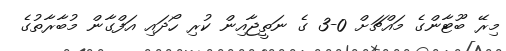
މިރޭ ބޫޓާންގެ މައްޗަށް 0-3 ގެ ނަތީޖާއިން ކުރި ހޯދައި އަފްގާން މުބާރާތުގެ